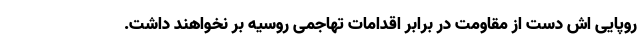
روپایی اش دست از مقاومت در برابر اقدامات تهاجمی روسیه بر نخواهند داشت.